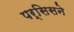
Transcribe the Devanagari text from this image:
पर्सिसने